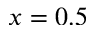
x = 0 . 5